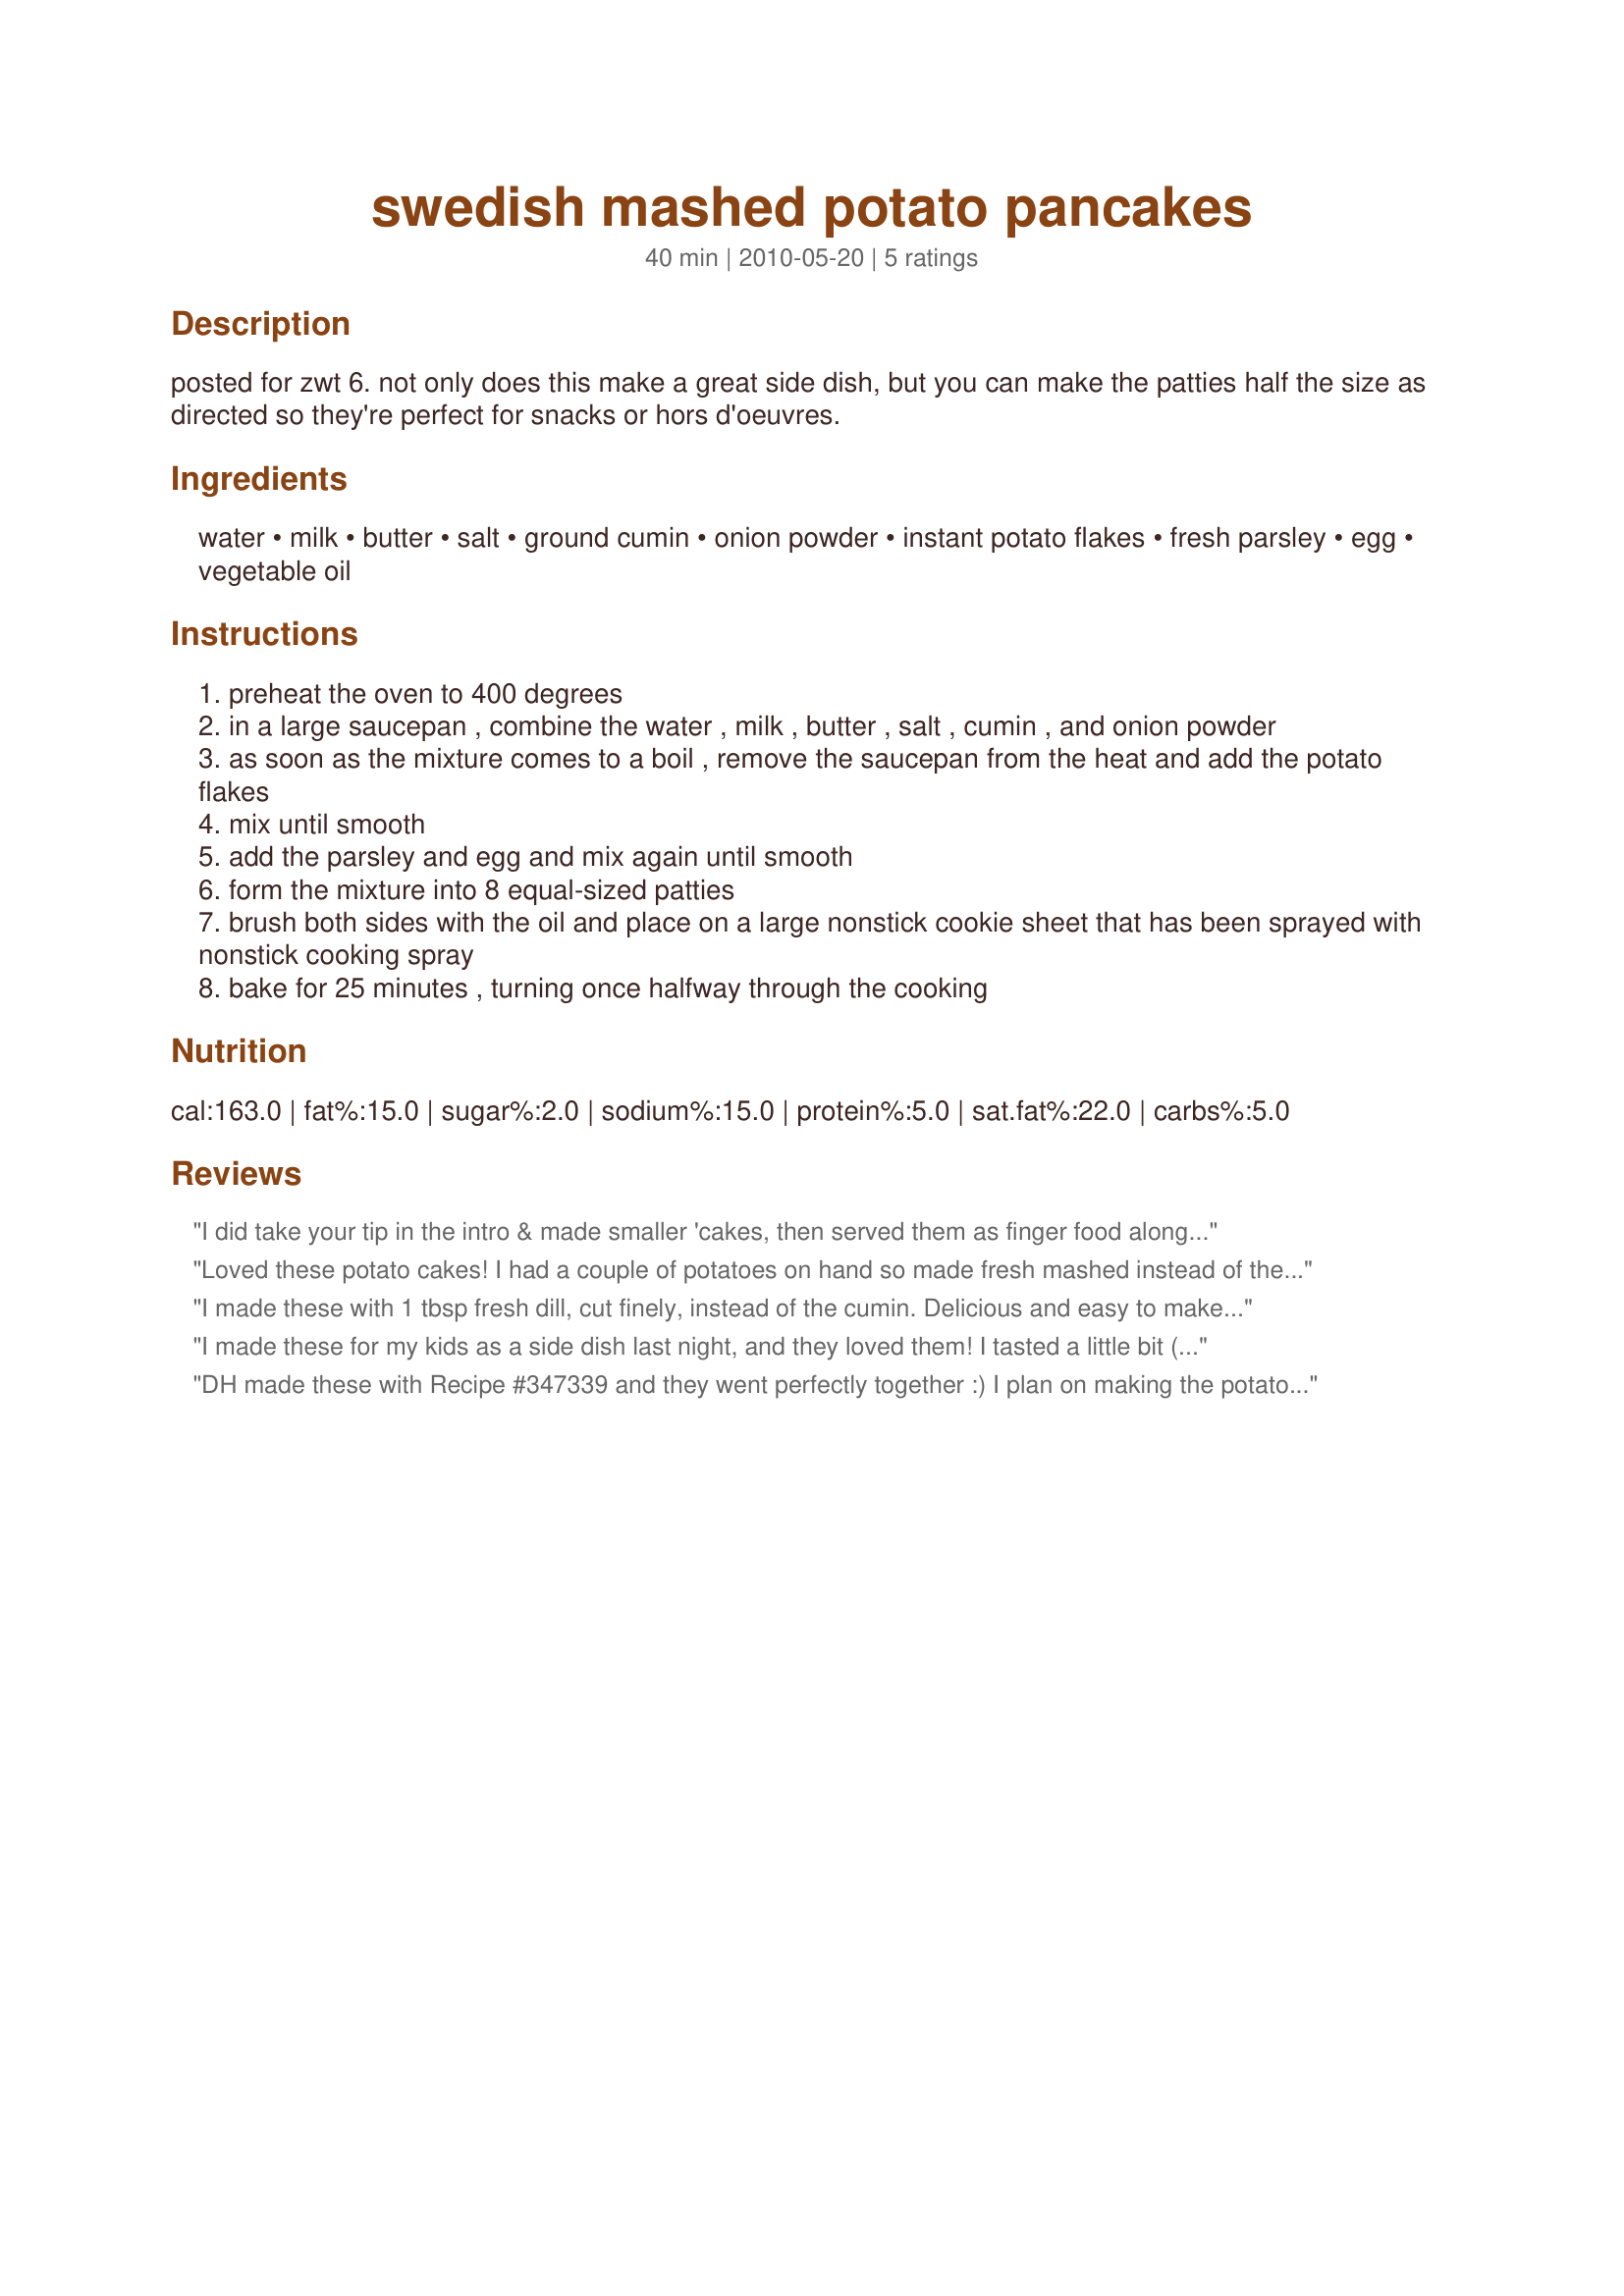
swedish mashed potato pancakes
Preparation time: 40 minutes

posted for zwt 6. not only does this make a great side dish, but you can make the patties half the size as directed so they're perfect for snacks or hors d'oeuvres.

Ingredients:
water, milk, butter, salt, ground cumin, onion powder, instant potato flakes, fresh parsley, egg, vegetable oil

Steps:
preheat the oven to 400 degrees
in a large saucepan , combine the water , milk , butter , salt , cumin , and onion powder
as soon as the mixture comes to a boil , remove the saucepan from the heat and add the potato flakes
mix until smooth
add the parsley and egg and mix again until smooth
form the mixture into 8 equal-sized patties
brush both sides with the oil and place on a large nonstick cookie sheet that has been sprayed with nonstick cooking spray
bake for 25 minutes , turning once halfway through the cooking

Reviews:
I did take your tip in the intro & made smaller 'cakes, then served them as finger food along with several dips, & they were great & nicely different from potato wedges & fries! Thanks for sharing the recipe! [Made & reviewed as a THANK YOU for playing with us in Please Review My Recipe during the recent tour]
Loved these potato cakes! I had a couple of potatoes on hand so made fresh mashed instead of the instant, otherwise made as directed. The cumin was a surprise but really good. I like that these were baked - they got a nice crispy outside but were still soft inside. Thanks for sharing the recipe! Made for ZWT9, The Apron String Travelers
I made these with 1 tbsp fresh dill, cut finely, instead of the cumin. Delicious and easy to make. Thanks for sharing the recipe.
I made these for my kids as a side dish last night, and they loved them! I tasted a little bit (very naughty of me, as I am supposed to be dieting! lol) and I also thought they were very good! They were a little salty, but I think that was more user error than anything to do with your recipe. A definate hit with the kids, and very economical! Thanks for sharing!
DH made these with Recipe #347339 and they went perfectly together :) I plan on making the potato pancakes regularly as they also made a very nice light lunch the next day, they even tasted better the next day. Thanks so much for posting, Jackie ! Made during ZWT#9 for my team, Tasty Testers :)
